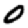
Digit: 0